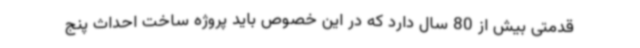
قدمتی بیش از 80 سال دارد که در این خصوص باید پروژه ساخت احداث پنج